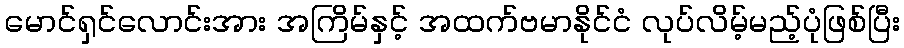
မောင်ရှင်လောင်းအား အကြိမ်နှင့် အထက်ဗမာနိုင်ငံ လုပ်လိမ့်မည့်ပုံဖြစ်ပြီး